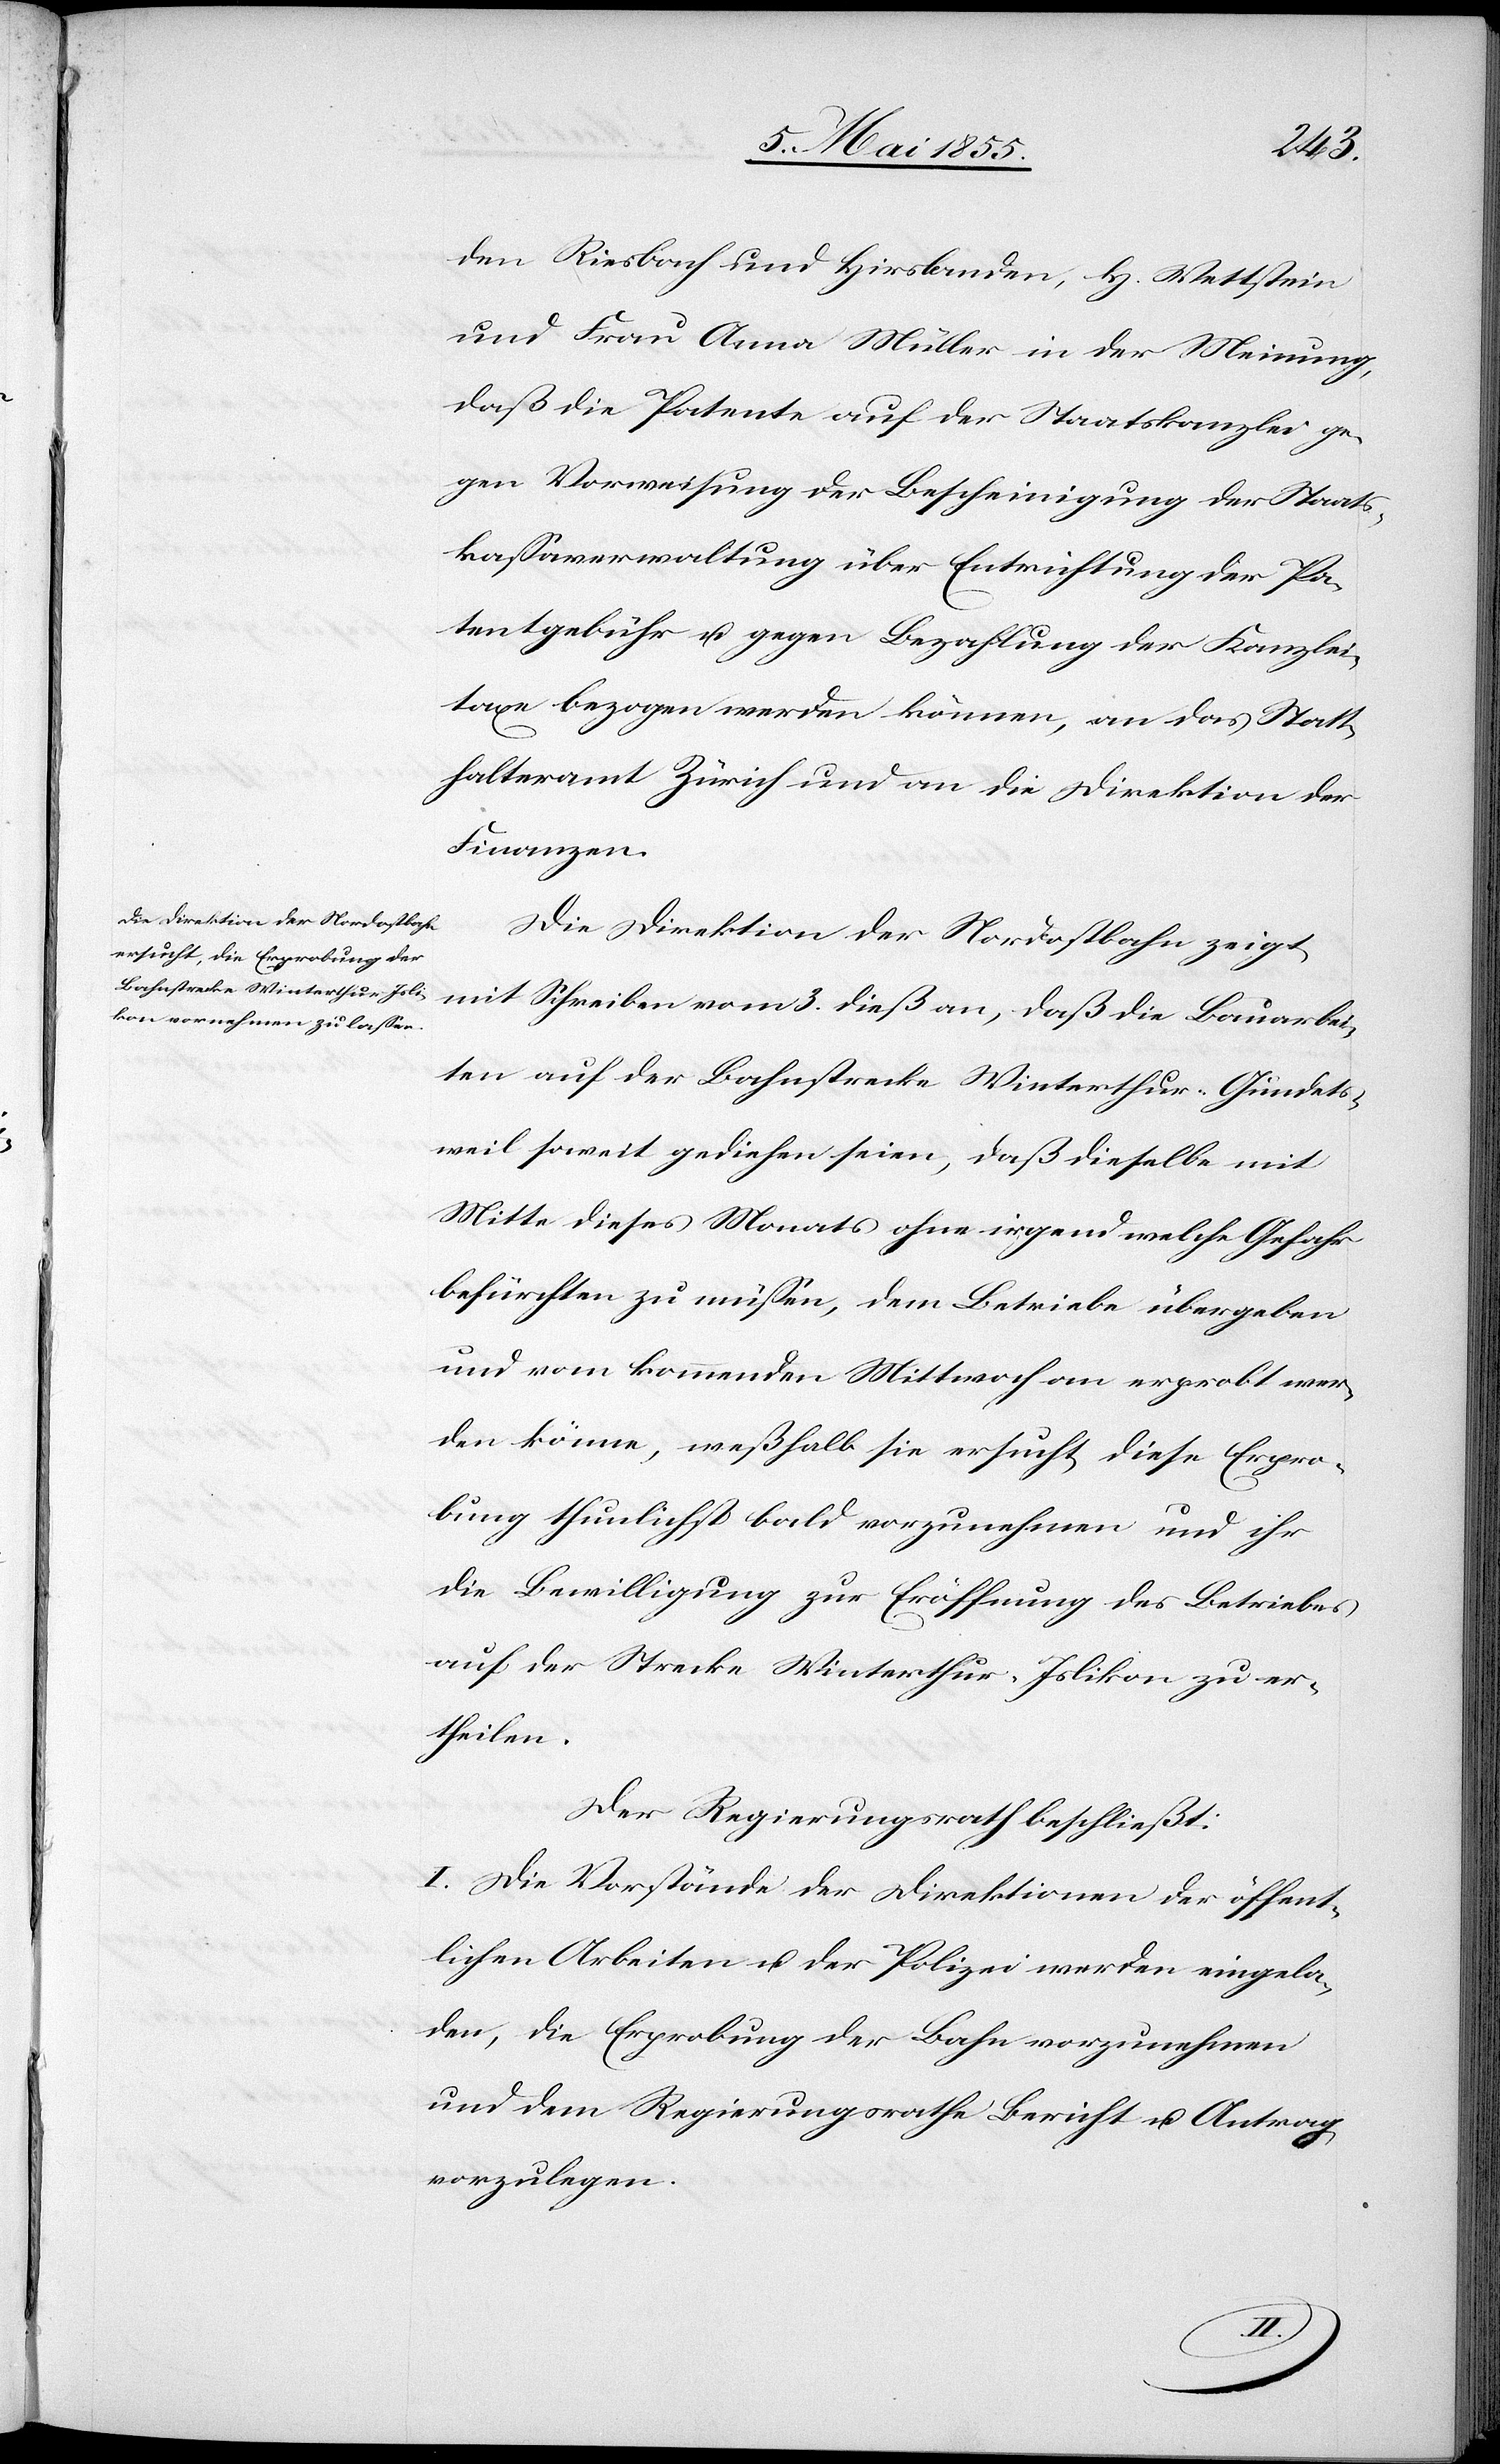
den Riesbach und Hirslanden, H. Wettstein
und Frau Anna Müller in der Meinung,
daß die Patente auf der Staatskanzlei ge¬
gen Vorweisung der Bescheinigung der Staats¬
kassaverwaltung über Entrichtung der Pa¬
tentgebühr u. gegen Bezahlung der Kanzlei¬
taxe bezogen werden können, an das Statt¬
halteramt Zürich und an die Direktion der
Finanzen.
Die Direktion der Nordostbahn zeigt
mit Schreiben vom 3. dieß an, daß die Bauarbei¬
ten auf der Bahnstrecke Winterthur–Gundets¬
weil soweit gediehen seien, daß dieselbe mit
Mitte dieses Monats ohne irgend welche Gefahr
befürchten zu müssen, dem Betriebe übergeben
und vom kommenden Mittwoch an erprobt wer¬
den könne, weßhalb sie ersucht, diese Erpro¬
bung thunlichst bald vorzunehmen und ihr
die Bewilligung zur Eröffnung des Betriebes
auf der Strecke Winterthur–Islikon zu er¬
theilen.
Der Regierungsrath beschließt:
I. Die Vorstände der Direktionen der öffent¬
lichen Arbeiten u. der Polizei werden eingela¬
den, die Erprobung der Bahn vorzunehmen
und dem Regierungsrathe Bericht u. Antrag
vorzulegen.